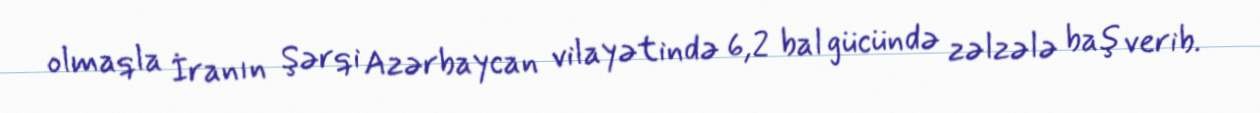
olmaqla İranın Şərqi Azərbaycan vilayətində 6,2 bal gücündə zəlzələ baş verib.